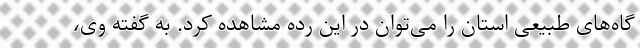
گاه‌های طبیعی استان را می‌توان در این رده مشاهده کرد. به گفته وی،